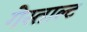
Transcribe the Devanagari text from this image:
गेस्ताल्ट